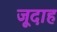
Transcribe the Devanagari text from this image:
जूदाह